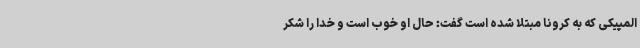
المپیکی که به کرونا مبتلا شده است گفت: حال او خوب است و خدا را شکر